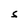
Character: S